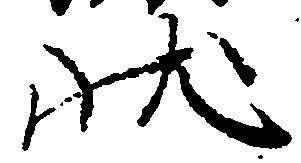
状